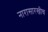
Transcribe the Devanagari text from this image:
नारासारखीच